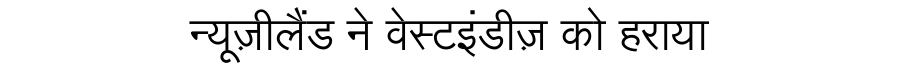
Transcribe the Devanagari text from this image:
न्यूज़ीलैंड ने वेस्टइंडीज़ को हराया